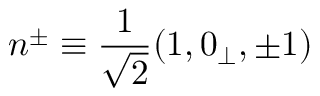
n ^ { \pm } \equiv \frac { 1 } { \sqrt { 2 } } ( 1 , 0 _ { \perp } , \pm 1 )